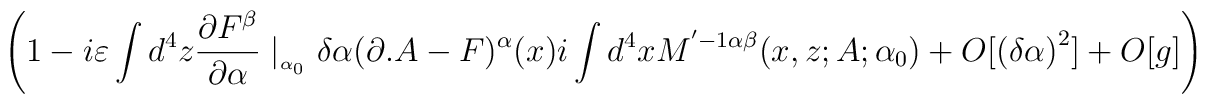
\left( 1-i\varepsilon \int d^{4}z\frac{\partial F^{\beta }}{\partial \alpha }\mid _{_{\alpha _{0}}}\delta \alpha (\partial .A-F)^{\alpha }(x)i\int d^{4}xM^{'-1\alpha \beta }(x,z;A;\alpha _{0})+O[\left( \delta \alpha \right) ^{2}]+O[g]\right)